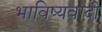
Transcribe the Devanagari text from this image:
भाविष्यवादी